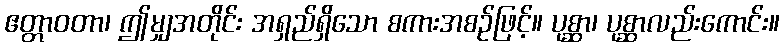
ဧတ္တာဝတာ၊ ဤမျှအတိုင်း အရှည်ရှိသော စကားအစဉ်ဖြင့်။ ပုစ္ဆာ၊ ပုစ္ဆာလည်းကောင်း။